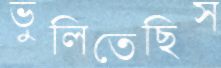
ভুলিতেছিস